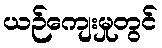
ယဉ်ကျေးမှုတွင်